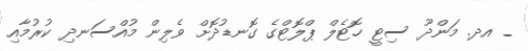
_ އދ. މަންދޫ ސިޓީ ހޮޓެލް ޕްލޮޓްގެ ގޮނޑުދޮށް ވެލިން މުއްސަނދި ކުރުމާއި